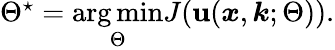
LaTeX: \begin{array}{r}{\Theta^{\star}=\underset{\Theta}{\arg\operatorname*{min}}J(\textbf{u}(\boldsymbol{x},\boldsymbol{k};\Theta)).}\end{array}